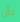
بأن